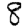
Digit: 8